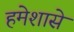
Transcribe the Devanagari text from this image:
हमेशासे